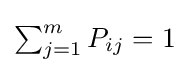
{\textstyle \sum _{j=1}^{m}P_{ij}=1}